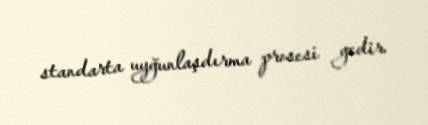
standarta uyğunlaşdırma prosesi gedir.